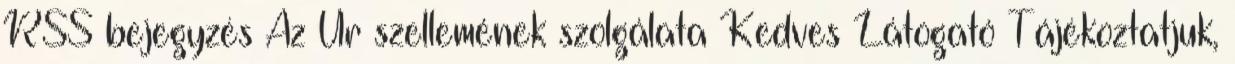
RSS bejegyzés Az Úr szellemének szolgálata Kedves Látogató Tájékoztatjuk,